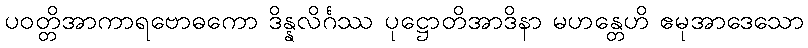
ပဝတ္တိအာကာရဗောဓကော ဒိန္နလိင်္ဂဿ ပုဋ္ဌောတိအာဒိနာ မဟန္တေဟိ ဧမုအာဒေသော